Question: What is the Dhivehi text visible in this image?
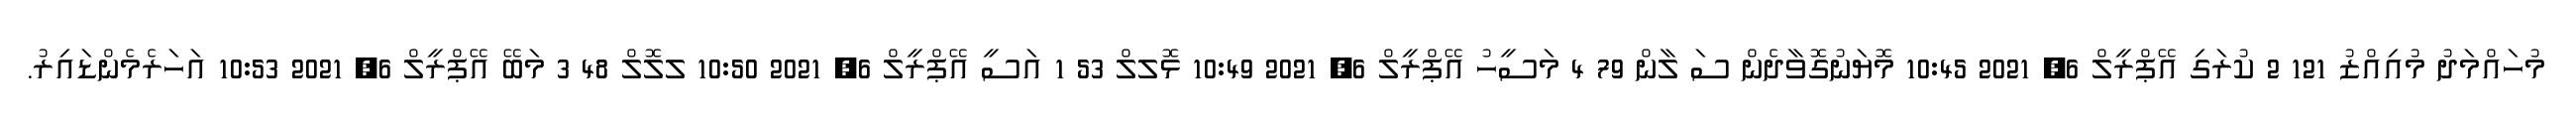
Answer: މުހައްމަދު މުއިއްޒު 121 2 ކުރަގި އޭޕްރީލް 6, 2021 10:45 މޮޔަނުގޮވާދެން ސަ ލާން 79 4 މަސީހު އޭޕްރީލް 6, 2021 10:49 ޅޮލލް 53 1 އަސީ އޭޕްރީލް 6, 2021 10:50 ލލޮލް 48 3 މަބޭ އޭޕްރީލް 6, 2021 10:53 އަހަރެމެންޑައިރު.